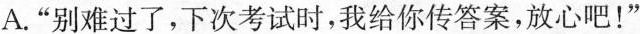
A.”别难过了，下次考试时，我给你传答案，放心吧！”